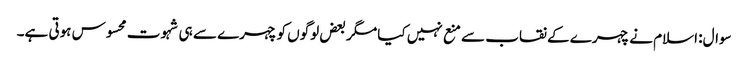
سوال: اسلام نے چہرے کے نقاب سے منع نہیں کیا مگر بعض لوگوں کو چہرے سے ہی شہوت محسوس ہوتی ہے۔